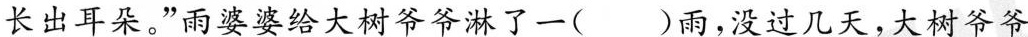
长出耳朵。”雨婆婆给大树爷爷淋了一( )雨，没过几天，大树爷爷